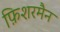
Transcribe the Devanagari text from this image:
फ़िशरमैन